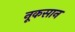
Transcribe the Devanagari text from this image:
नूकसान